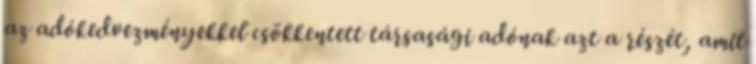
az adókedvezményekkel csökkentett társasági adónak azt a részét, amit